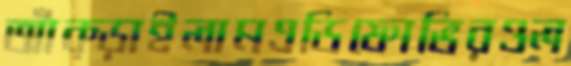
আঁক্‌ড়াইলামএডিফোভিরওল